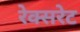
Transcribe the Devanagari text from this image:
रेक्सरेट